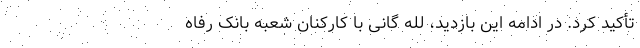
تأکید کرد. در ادامه این بازدید، لله گانی با کارکنان شعبه بانک رفاه